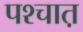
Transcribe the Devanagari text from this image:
पश्चात़